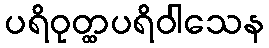
ပရိဝုတ္ထပရိဝါသေန